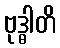
ဗုဒ္ဓါတိ